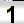
Digit: 1